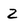
Character: Z